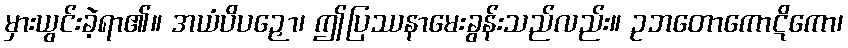
မှားယွင်းခဲ့ရာ၏။ အယံပိပဉှော၊ ဤပြဿနာမေးခွန်းသည်လည်း။ ဥဘတောကောဋိကော၊